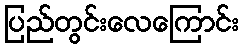
ပြည်တွင်းလေကြောင်း